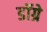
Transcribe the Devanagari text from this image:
डॉग्रे